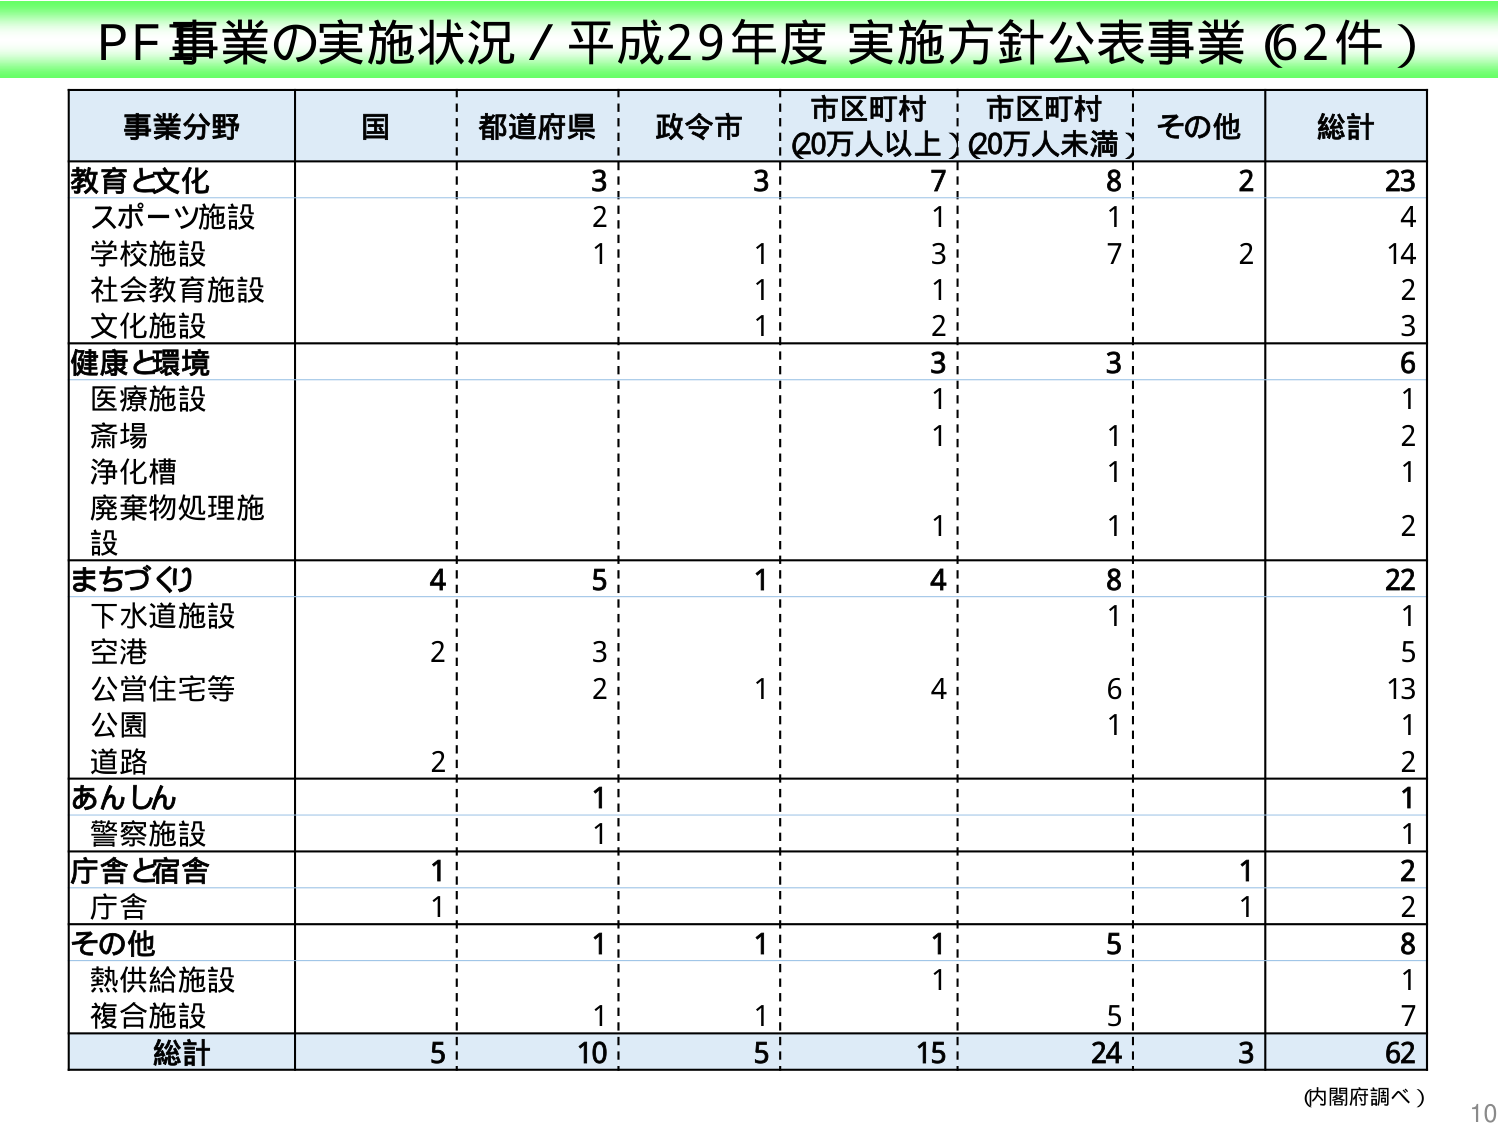
PF事業の実施状況 / 平成29年度 実施方針公表事業 (62件)

事業分野	国	都道府県	政令市	市区町村 (20万人以上)	市区町村 (20万人未満)	その他	総計
教育と文化		3	3	7	8	2	23
　スポーツ施設		2		1	1		4
　学校施設		1	1	3	7	2	14
　社会教育施設		1	1	2		2
　文化施設		1	2		3
健康と環境		3	3		6
　医療施設		1		1
　斎場		1	1		2
　浄化槽		1		1
　廃棄物処理施設		1	1		2
まちづくり	4	5	1	4	8		22
　下水道施設		1		1
　空港	2	3		5
　公営住宅等		2	1	4	6		13
　公園		1		1
　道路	2		2
あんしん		1		1
　警察施設		1		1
庁舎と宿舎	1		1		2
　庁舎	1		1		2
その他		1	1	1	5		8
　熱供給施設		1		1
　複合施設		1	1		5		7
総計	5	10	5	15	24	3	62

(内閣府調べ)